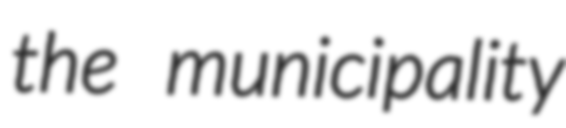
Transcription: the municipality